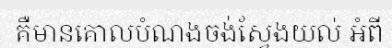
គឺមានគោលបំណងចង់ស្វែងយល់ អំពី